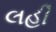
લહી